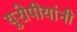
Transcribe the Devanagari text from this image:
युरोपीयांनी